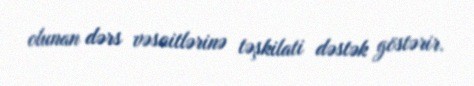
olunan dərs vəsaitlərinə təşkilati dəstək göstərir.